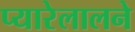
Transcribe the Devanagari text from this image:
प्यारेलालने